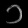
Digit: ၁